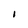
Character: I